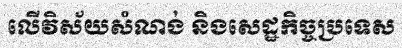
លើវិស័យសំណង់ និងសេដ្ឋកិច្ចប្រទេស